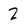
Character: 2